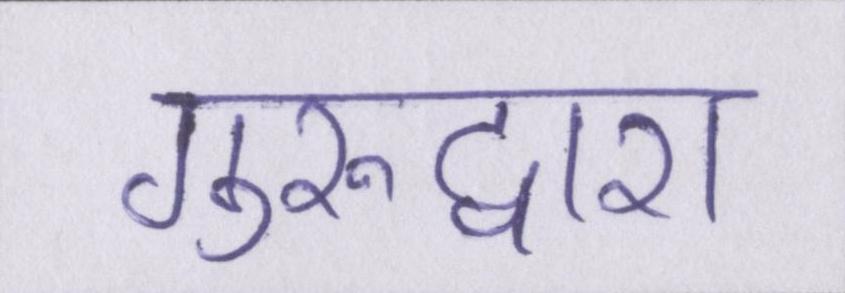
गुरुद्वारा